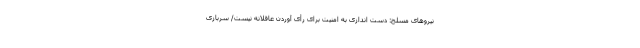
نیروهای مسلح: دست اندازی به امنیت برای رأی آوردن عاقلانه نیست/ سربازی